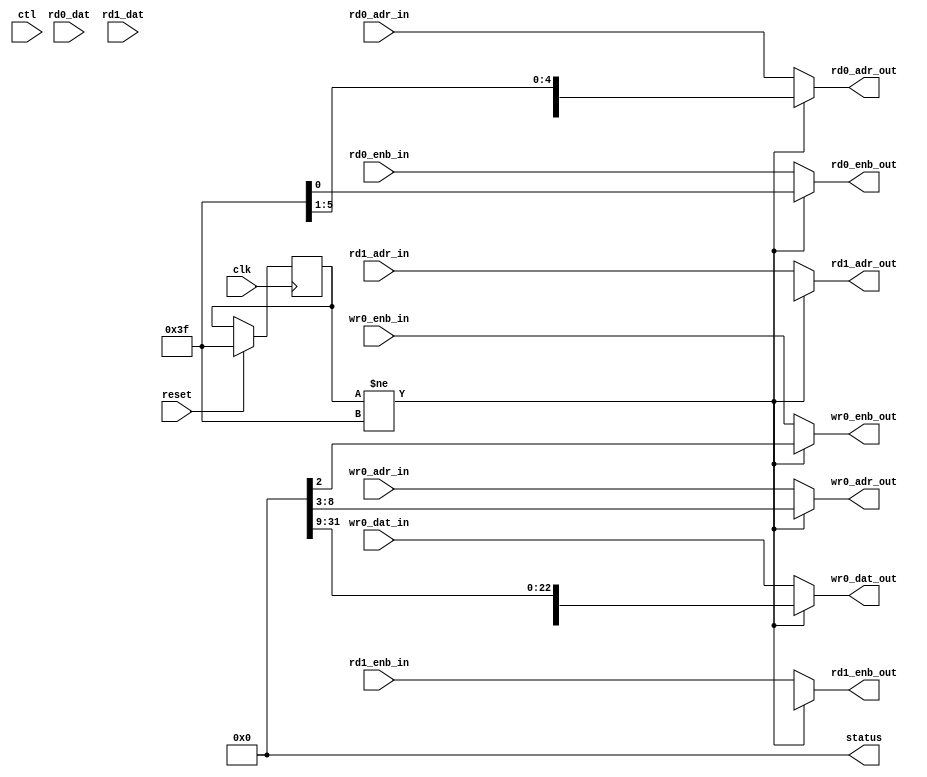
module ra_bist (

    clk,
    reset,
    ctl,
    status,
    rd0_enb_in,
    rd0_adr_in,
    rd1_enb_in,
    rd1_adr_in,
    wr0_enb_in,
    wr0_adr_in,
    wr0_dat_in,
    rd0_enb_out,
    rd0_adr_out,
    rd0_dat,
    rd1_enb_out,
    rd1_adr_out,
    rd1_dat,
    wr0_enb_out,
    wr0_adr_out,
    wr0_dat_out

);

   parameter GENMODE = 0;	        // 0=NoDelay, 1=Delay

   input          clk;
   input          reset;
   input  [31:0]  ctl;

   input          rd0_enb_in;
   input  [5:0]   rd0_adr_in;
   input          rd1_enb_in;
   input  [5:0]   rd1_adr_in;
   input          wr0_enb_in;
   input  [5:0]   wr0_adr_in;
   input  [71:0]  wr0_dat_in;

   output [31:0]  status;
   output         rd0_enb_out;
   output [5:0]   rd0_adr_out;
   input  [71:0]  rd0_dat;
   output         rd1_enb_out;
   output [5:0]   rd1_adr_out;
   input  [71:0]  rd1_dat;
   output         wr0_enb_out;
   output [5:0]   wr0_adr_out;
   output [71:0]  wr0_dat_out;

   reg    [5:0]   seq_q;
   wire   [5:0]   seq_d;
   wire           active;
   wire           bist_rd0_enb;
   wire   [5:0]   bist_rd0_adr;
   wire           bist_rd1_enb;
   wire   [5:0]   bist_rd1_adr;
   wire           bist_wr0_enb;
   wire   [5:0]   bist_wr0_adr;
   wire   [71:0]  bist_wr0_dat;

   // ff
   always @ (posedge clk) begin
      if (reset)
         seq_q <= 6'h3F;
      else
         seq_q <= seq_d;
   end

   // do something
   assign seq_d = seq_q;
   assign active = seq_q != 6'h3F;
   assign status = 0;

   // outputs
   assign rd0_enb_out = (active) ? bist_rd0_enb : rd0_enb_in;
   assign rd0_adr_out = (active) ? bist_rd0_adr : rd0_adr_in;
   assign rd1_enb_out = (active) ? bist_rd1_enb : rd1_enb_in;
   assign rd1_adr_out = (active) ? bist_rd1_adr : rd1_adr_in;
   assign wr0_enb_out = (active) ? bist_wr0_enb : wr0_enb_in;
   assign wr0_adr_out = (active) ? bist_wr0_adr : wr0_adr_in;
   assign wr0_dat_out = (active) ? bist_wr0_dat : wr0_dat_in;
   //assign rd0_dat = (active) ? haven't done anything here yet

endmodule